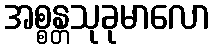
အစ္စန္တသုခုမာလော